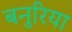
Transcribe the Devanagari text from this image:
बनुरिया